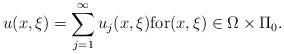
LaTeX: \begin{align*}u(x,\xi)=\sum_{j=1}^{\infty}u_j(x,\xi){\rm for}(x,\xi)\in \Omega\times \Pi_0.\end{align*}